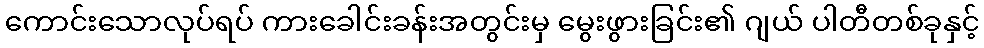
ကောင်းသောလုပ်ရပ် ကားခေါင်းခန်းအတွင်းမှ မွေးဖွားခြင်း၏ ဂျယ် ပါတီတစ်ခုနှင့်